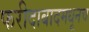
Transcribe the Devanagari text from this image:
फरीदाबादमधूनच